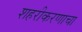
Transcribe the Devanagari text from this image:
शहरीकरणाचा